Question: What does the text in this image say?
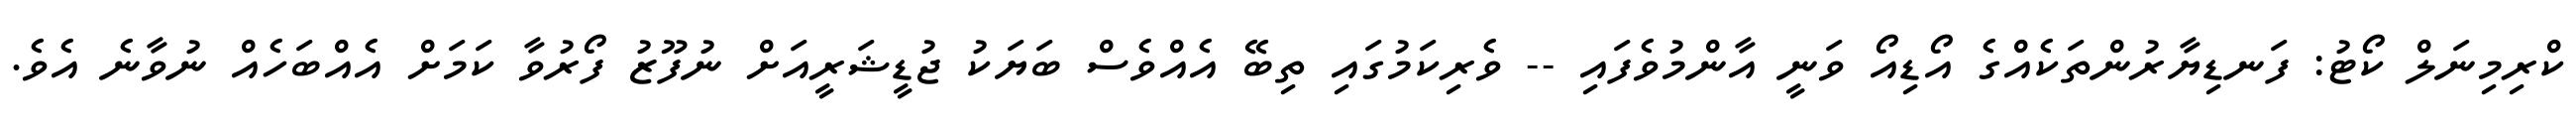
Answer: ކްރިމިނަލް ކޯޓު: ފަނޑިޔާރުންތަކެއްގެ އޯޑިއޯ ވަނީ އާންމުވެފައި -- ވެރިކަމުގައި ތިބޭ އެއްވެސް ބަޔަކު ޖުޑީޝަރީއަށް ނުފޫޒު ފޯރުވާ ކަމަށް އެއްބަހެއް ނުވާނެ އެވެ.